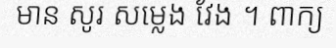
មាន សូរ សម្លេង វែង ។ ពាក្យ